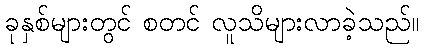
ခုနှစ်များတွင် စတင် လူသိများလာခဲ့သည်။